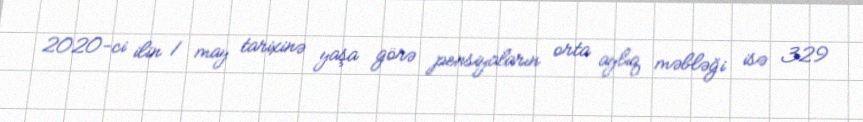
2020-ci ilin 1 may tarixinə yaşa görə pensiyaların orta aylıq məbləği isə 329